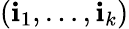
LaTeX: (\mathbf{i}_{1},\dots,\mathbf{i}_{k})